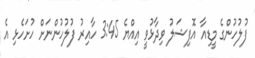
ފުލުހުންގެ މީޑިއާ އޮފިޝަލު ވިދާޅުވީ އިއްޔެ 3:45 ހާއިރު ފުލުހުންނަށް ހުށަހެޅި އެ